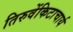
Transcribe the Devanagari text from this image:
तिरुवेंकिटाचार्य